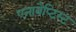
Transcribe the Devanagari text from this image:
एनाबैप्टिस्ट